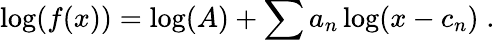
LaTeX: \log(f(x))=\log(A)+\sum a_{n}\log(x-c_{n})\; .